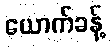
ယောက်ခန့်